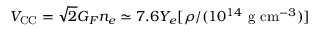
V _ { \mathrm { C C } } = \sqrt { 2 } G _ { F } n _ { e } \simeq 7 . 6 Y _ { e } [ \rho / ( 1 0 ^ { 1 4 } ~ \mathrm { g } ~ \mathrm { c m } ^ { - 3 } ) ]